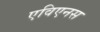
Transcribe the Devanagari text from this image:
एविएनस